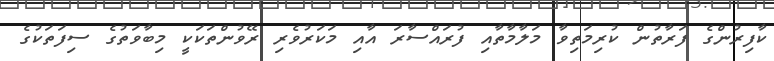
ކާފިރުންގެ ފަރާތުން ކުރިމަތިވާ މަލާމާތާއި ފުރައްސާރަ އާއި މަކަރުވެރި ރޭވުންތަކަކީ މިބާވަތުގެ ސިފަތަކުގެ